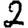
Digit: 2